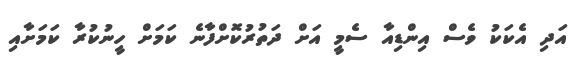
އަދި އެކަކު ވެސް އިންޑިއާ ސެމީ އަށް ދަތުރުކޮށްފާނެ ކަމަށް ހީނުކުރާ ކަމަށާއި